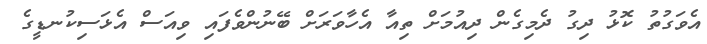
އެވަގުތު ކޮޅު ދިގު ދެމިގެން ދިއުމަށް ތިއާ އެހާވަރަށް ބޭނުންވެފައި ވިއަސް އެޅަސިކުނޑީގެ